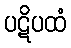
ပဋိပထံ